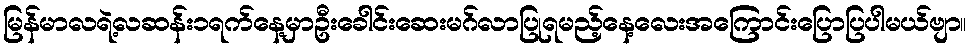
မြန်မာလရဲ့လဆန်း၁ရက်နေ့မှာဦးခေါင်းဆေးမဂ်လာပြုရမည့်နေ့လေးအကြောင်းပြောပြပါမယ်ဗျာ။